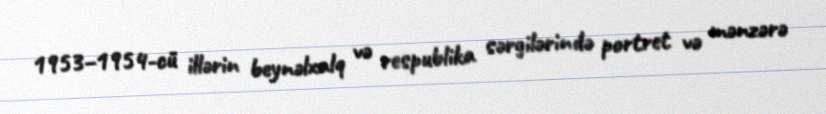
1953–1954-cü illərin beynəlxalq və respublika sərgilərində portret və mənzərə